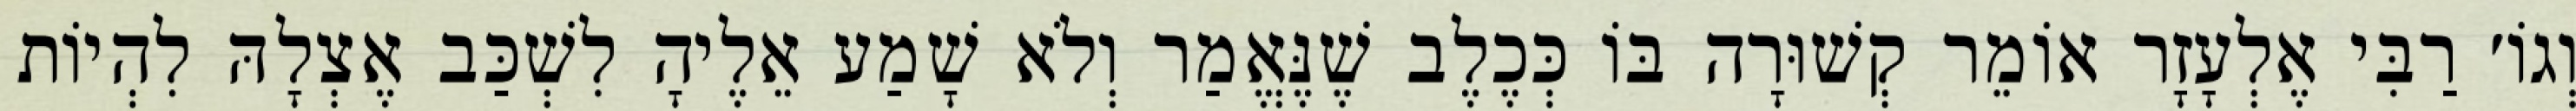
וְגוֹ׳ רַבִּי אֶלְעָזָר אוֹמֵר קְשׁוּרָה בּוֹ כְּכֶלֶב שֶׁנֶּאֱמַר וְלֹא שָׁמַע אֵלֶיהָ לִשְׁכַּב אֶצְלָהּ לִהְיוֹת